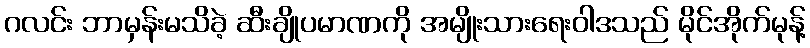
ဂလင်း ဘာမှန်းမသိခဲ့ ဆီးချိုပမာဏကို အမျိုးသားရေးဝါဒသည် မိုင်အိုက်မုန့်